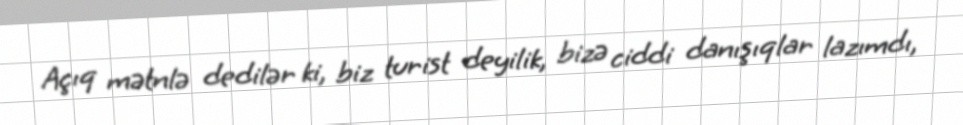
Açıq mətnlə dedilər ki, biz turist deyilik, bizə ciddi danışıqlar lazımdı,